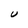
Character: U